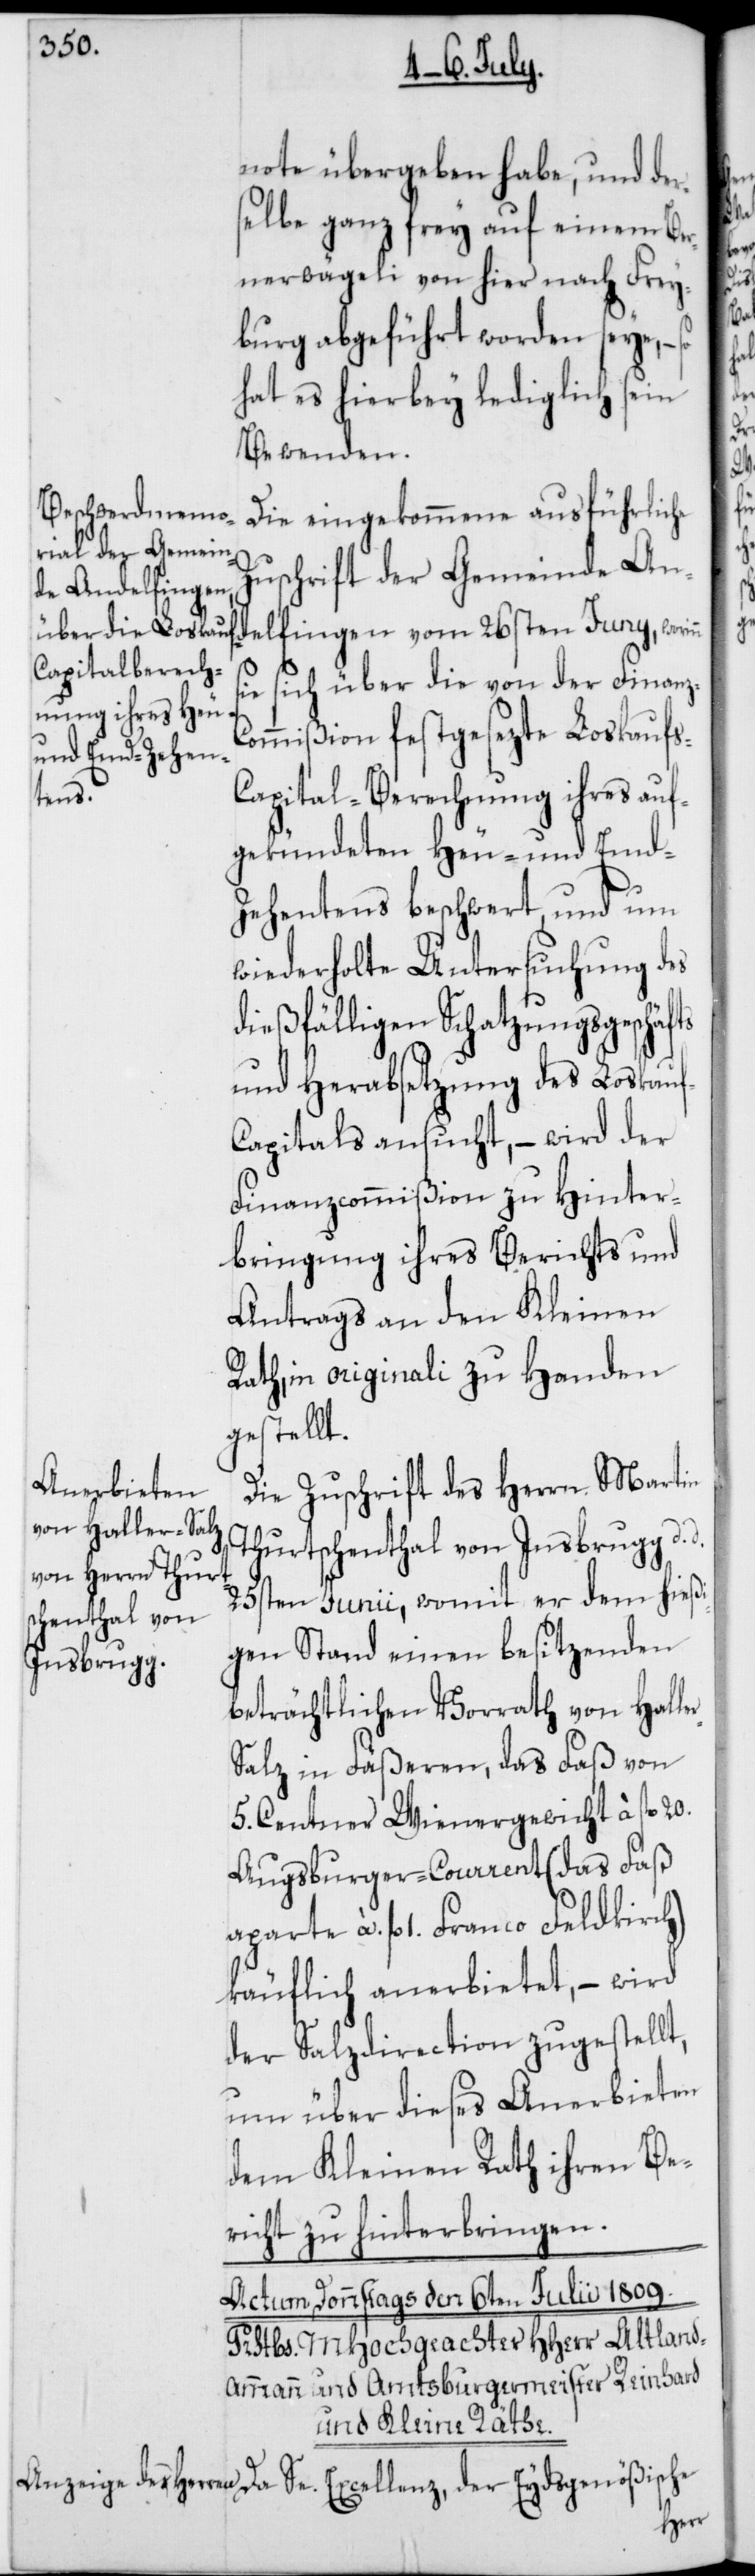
note übergeben habe, und der¬
selbe ganz frey auf einem Ber¬
nerwägeli von hier nach Frey¬
burg abgeführt worden seye, –
hat es hierbey lediglich sein
Bewenden.
Die eingekommene ausführliche
Zuschrift der Gemeinde An¬
delfingen vom 26sten Juny, worin¬
sich über die von der Finanz-C¬
ts
ommißion festgesezte Loskaufs-C¬
apital-Berechnung ihres auf¬
er-S¬
gekündeten Heu- und Emd-Z¬
ehentens beschwert, und um
wiederholte Untersuchung des
dießfälligen Schatzungsgeschäf¬
und Herabsetzung des Loskauf-C¬
apitals ansucht, – wird der
Finanzcommißion zu Hinter¬
bringung ihres Berichts und
Antrags an den Kleinen
Rath, in Originali zu Handen
gestellt.
Die Zuschrift des Herrn Martin
Thurtschenthal von Insbrugg, d.
25sten Junii, womit er dem hießi¬
gen Stand einen besitzenden
beträchtlichen Vorrath von Hall¬
alz in Fäßeren, das Faß von
5. Centner Wienergewicht à fl. 20.
Augsburger-Courrent (das Faß
aparte à. fl. 1. Franco Feldkirch)
käuflich anerbietet, – wird
der Salzdirection zugestellt,
um über dieses Anerbieten
dem Kleinen Rath ihren Be¬
richt zu hinterbringen.
der